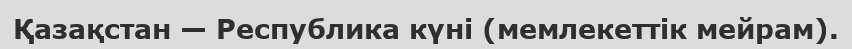
Қазақстан — Республика күні (мемлекеттік мейрам).